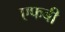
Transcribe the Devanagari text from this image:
एफबी